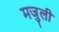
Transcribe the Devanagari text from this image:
मजुली